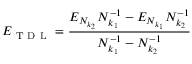
E _ { \mathrm { ~ T ~ D ~ L ~ } } = \frac { E _ { N _ { k _ { 2 } } } N _ { k _ { 1 } } ^ { - 1 } - E _ { N _ { k _ { 1 } } } N _ { k _ { 2 } } ^ { - 1 } } { N _ { k _ { 1 } } ^ { - 1 } - N _ { k _ { 2 } } ^ { - 1 } }